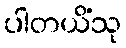
ပါတယိံသု